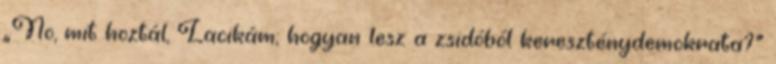
„No, mit hoztál, Lacikám; hogyan lesz a zsidóból kereszténydemokrata?”